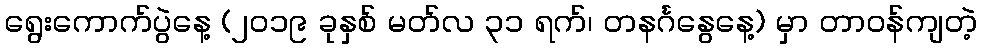
ရွေးကောက်ပွဲနေ့ (၂၀၁၉ ခုနှစ် မတ်လ ၃၁ ရက်၊ တနင်္ဂနွေနေ့) မှာ တာဝန်ကျတဲ့